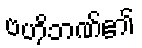
ဗဟိုဘဏ်၏